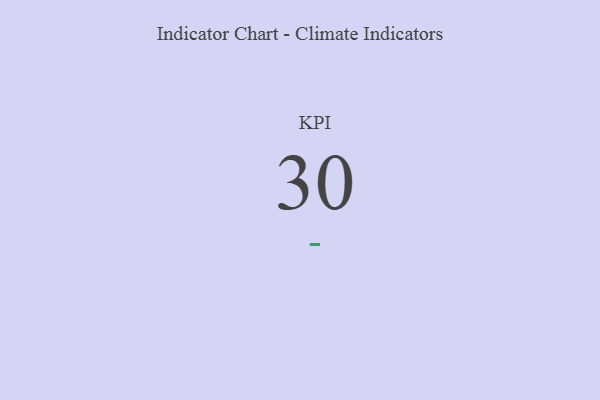
{"axis": {"x": "KPI", "y": "Value"}, "legend": [""], "data": [{"x": "KPI", "y": 30, "type": ""}]}